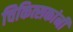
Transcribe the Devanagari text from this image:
चिकित्सकांनी